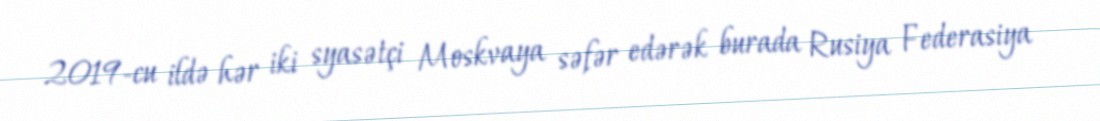
2019-cu ildə hər iki syasətçi Moskvaya səfər edərək burada Rusiya Federasiya